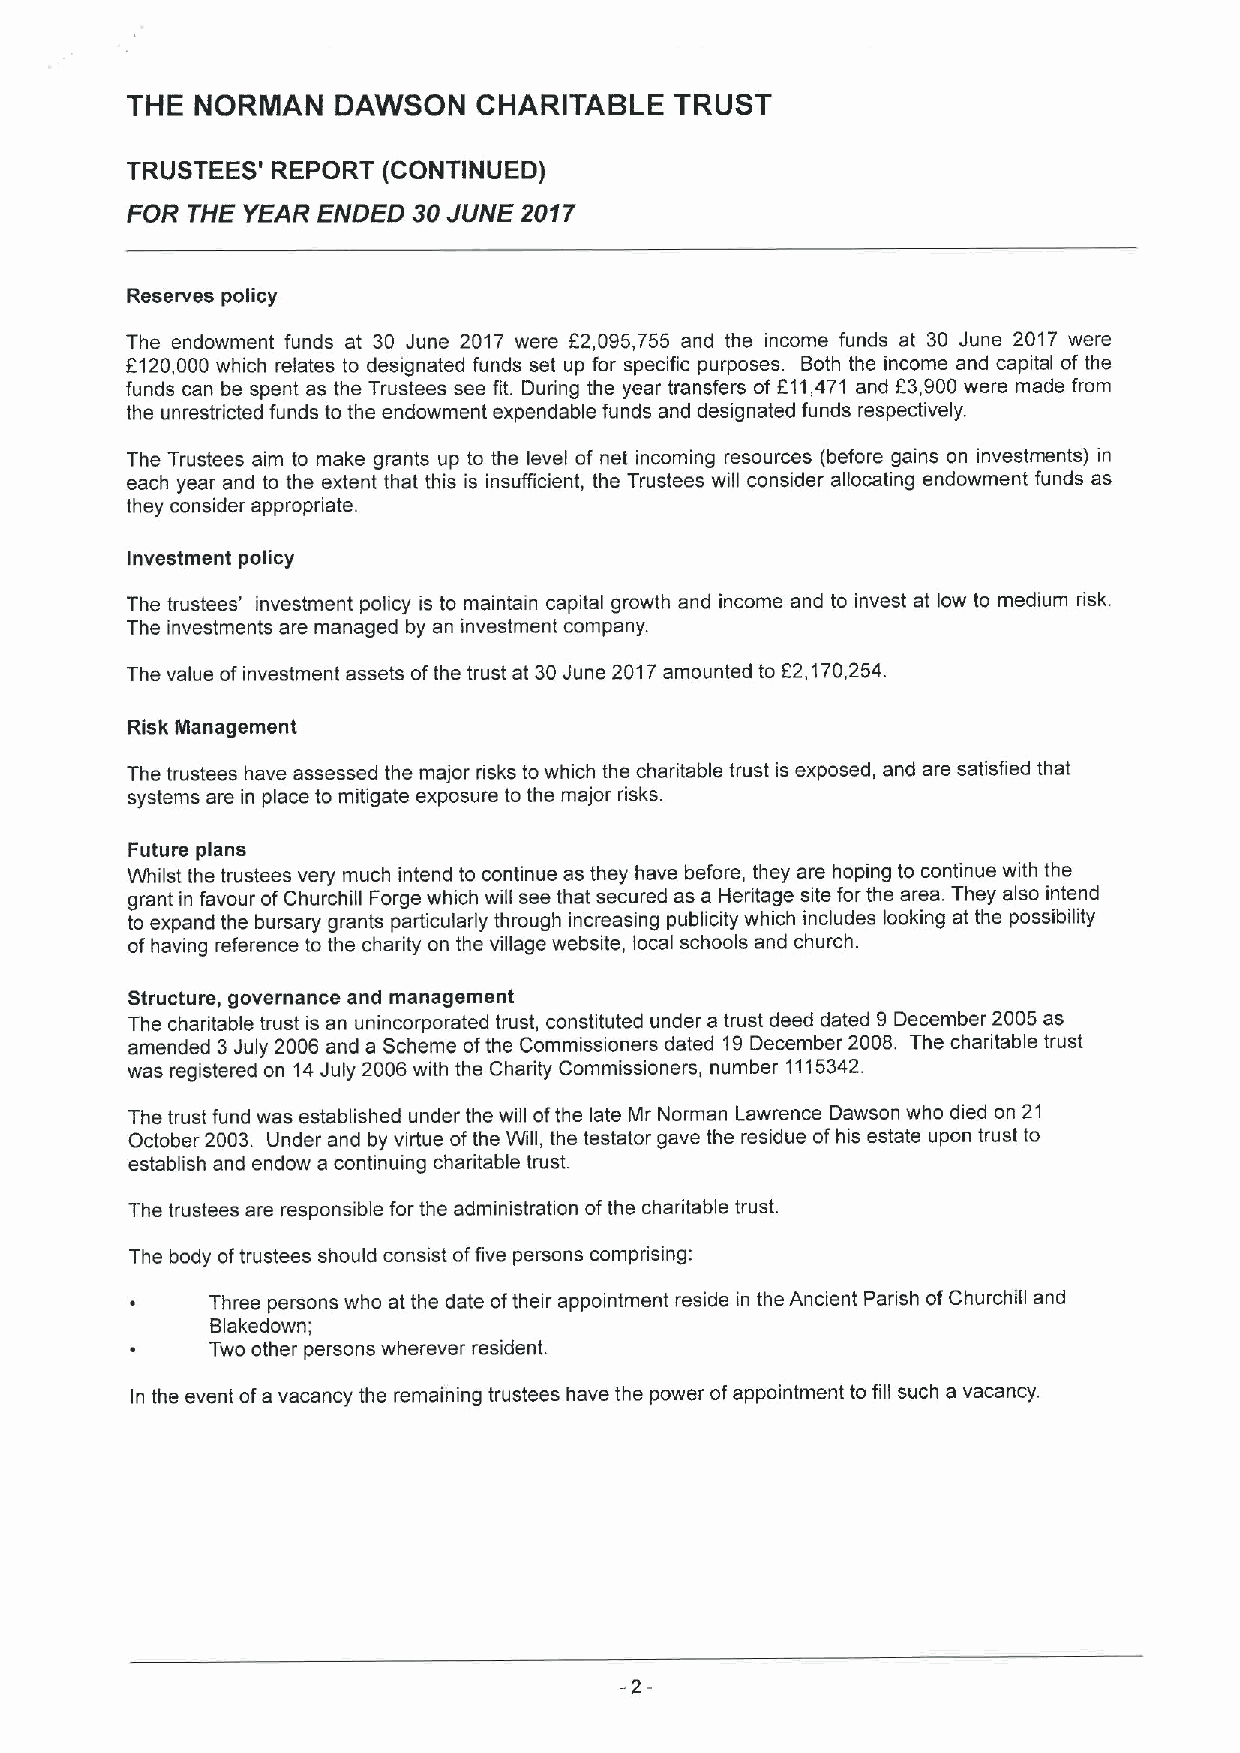
THE  NORMAN   DAWSON    CHARITABLE   TRUST
 TRUSTEES' REPORT (CONTINUED)
 FOR THE YEAR ENDED 30JUNE 2017
 Reserves policy
 The endowment funds at 30 June 2017 were 62,095,755 and the income funds at 30 June 2017 were
 6120,000 which relates to designated funds set up for specific purposes. Both the income and capital of the
 funds can be spent as the Trustees see fit. During the year transfers of 611,471 and F3,900were made from
 the unrestricted funds to the endowment expendable funds and designated funds respectively.
 The Trustees aim to make grants up to the level of net incoming resources (before gains on investments) in
 each year and to the extent that this is insufficient, the Trustees will consider allocating endowment funds as
 they consider appropriate.
 Investment policy
 The trustees' investment policy is to maintain capital growth and income and to invest at low to medium risk.
 The investments are managed by an investment company.
 The value ofinvestment assets ofthe trust at 30June 2017amounted to 62,170,254.
 Risk Management
 The trustees have assessed the major risks to which the charitable trust is exposed, and are satisfied that
 systems are in place to mitigate exposure to the major risks.
 Future plans
 Whilst the trustees very much intend to continue as they have before, they are hoping to continue with the
 grant in favour ofChurchill Forge which will see that secured as a Heritage site for the area. They also intend
 to expand the bursary grants particularly through increasing publicity which includes looking at the possibility
 ofhaving reference to the charity on the village website, local schools and church.
 Structure, governance and management
 The charitable trust is an unincorporated trust, constituted under a trust deed dated 9 December 2005 as
 amended 3July 2006 and a Scheme ofthe Commissioners dated 19December 2008. The charitable trust
 was registered on 14July 2006with the Charity Commissioners, number 1115342.
 The trust fund was established under the will ofthe late Mr Norman Lawrence Dawson who died on 21
 October 2003. Under and by virtue ofthe Will, the testator gave the residue ofhis estate upon trust to
 establish and endow a continuing charitable trust.
 The trustees are responsible for the administration ofthe charitable trust.
 The body oftrustees should consist offive persons comprising:
 Three persons who at the date oftheir appointment reside in the Ancient Parish ofChurchill and
 Blakedown;
 Two other persons wherever resident.
 In the event ofa vacancy the remaining trustees have the power ofappointment to fill such a vacancy.